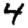
Digit: 4